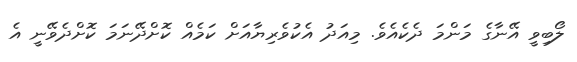
ލޯބިވީ އޭނާގެ މަންމަ ދެކެއެވެ. މިއަދު އެކުވެރިޔާއަށް ކަމެއް ކޮށްދޭނަމަ ކޮށްދެވޭނީ އެ